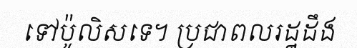
ទៅប៉ូលិសទេ។ ប្រជាពលរដ្ឋដឹង